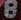
8